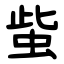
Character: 䖪